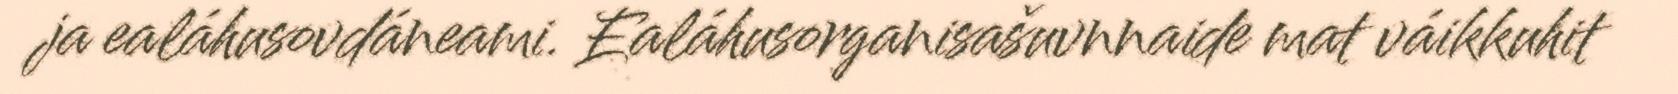
ja ealáhusovdáneami. Ealáhusorganisašuvnnaide mat váikkuhit